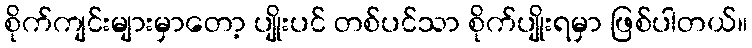
စိုက်ကျင်းများမှာတော့ ပျိုးပင် တစ်ပင်သာ စိုက်ပျိုးရမှာ ဖြစ်ပါတယ်။